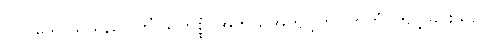
ပြုလိုသောသူသည်။ ကိံ သုကိစ္စံ၊ အဘယ်အကျင့်ကို။ ကတံ၊ ကျင့်ခြင်းသည်။